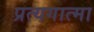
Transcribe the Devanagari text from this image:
प्रत्यगात्मा